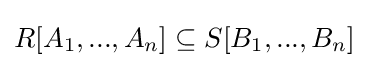
R[A_{1},...,A_{n}]\subseteq S[B_{1},...,B_{n}]